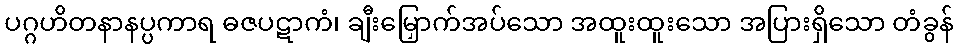
ပဂ္ဂဟိတနာနပ္ပကာရ ဓဇပဋာကံ၊ ချီးမြှောက်အပ်သော အထူးထူးသော အပြားရှိသော တံခွန်